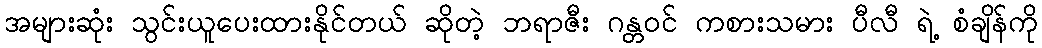
အများဆုံး သွင်းယူပေးထားနိုင်တယ် ဆိုတဲ့ ဘရာဇီး ဂန္တဝင် ကစားသမား ပီလီ ရဲ့ စံချိန်ကို